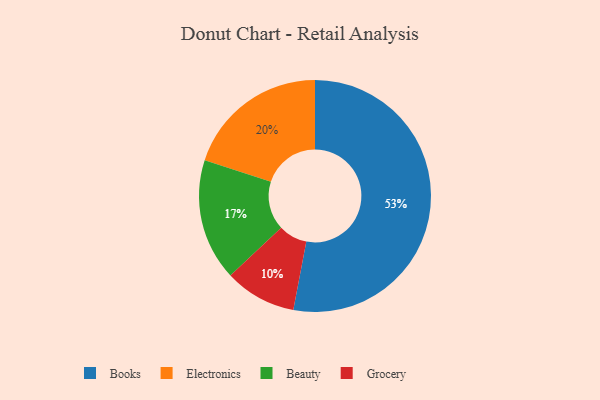
{"axis": {"x": "Category", "y": "Percentage"}, "legend": ["Beauty", "Books", "Electronics", "Grocery"], "data": [{"x": "Electronics", "y": 20, "type": "Electronics"}, {"x": "Grocery", "y": 10, "type": "Grocery"}, {"x": "Books", "y": 53, "type": "Books"}, {"x": "Beauty", "y": 17, "type": "Beauty"}]}